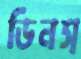
ডিনস্